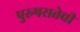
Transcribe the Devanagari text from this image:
पुरुषसत्तेची